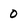
Character: 0